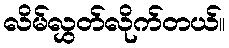
လိမ်လွှတ်လိုက်တယ်။